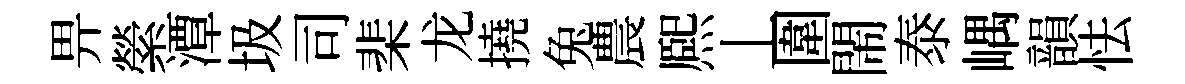
畀縈潭圾司棐龙撓兔農熈丄圍閙泰嵎韻怯